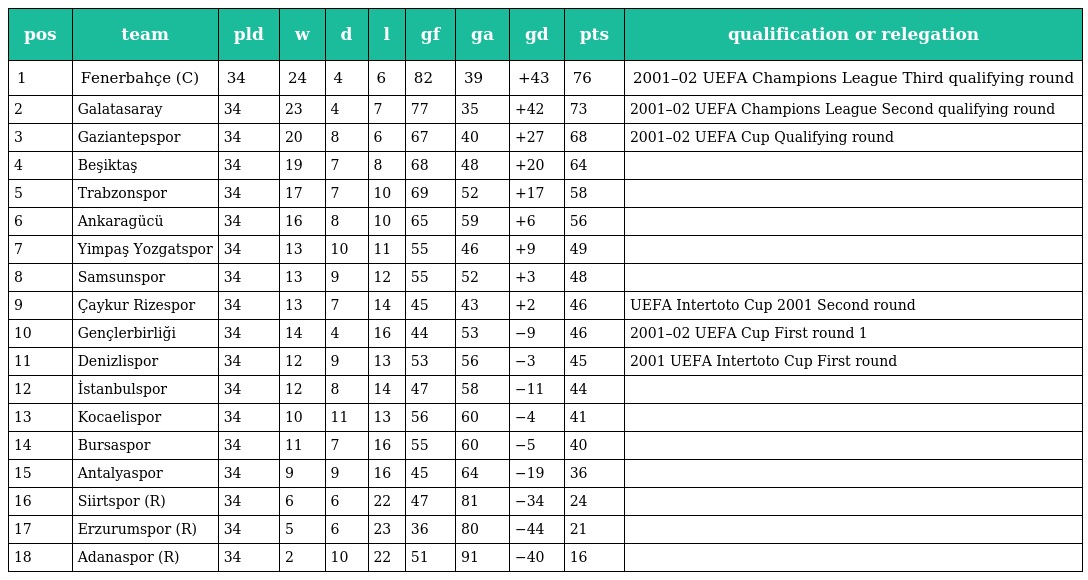
| pos | team | pld | w | d | l | gf | ga | gd | pts | qualification or relegation |
 | --- | --- | --- | --- | --- | --- | --- | --- | --- | --- | --- |
 | 1 | Fenerbahçe (C) | 34 | 24 | 4 | 6 | 82 | 39 | +43 | 76 | 2001–02 UEFA Champions League Third qualifying round |
 | 2 | Galatasaray | 34 | 23 | 4 | 7 | 77 | 35 | +42 | 73 | 2001–02 UEFA Champions League Second qualifying round |
 | 3 | Gaziantepspor | 34 | 20 | 8 | 6 | 67 | 40 | +27 | 68 | 2001–02 UEFA Cup Qualifying round |
 | 4 | Beşiktaş | 34 | 19 | 7 | 8 | 68 | 48 | +20 | 64 |  |
 | 5 | Trabzonspor | 34 | 17 | 7 | 10 | 69 | 52 | +17 | 58 |  |
 | 6 | Ankaragücü | 34 | 16 | 8 | 10 | 65 | 59 | +6 | 56 |  |
 | 7 | Yimpaş Yozgatspor | 34 | 13 | 10 | 11 | 55 | 46 | +9 | 49 |  |
 | 8 | Samsunspor | 34 | 13 | 9 | 12 | 55 | 52 | +3 | 48 |  |
 | 9 | Çaykur Rizespor | 34 | 13 | 7 | 14 | 45 | 43 | +2 | 46 | UEFA Intertoto Cup 2001 Second round |
 | 10 | Gençlerbirliği | 34 | 14 | 4 | 16 | 44 | 53 | −9 | 46 | 2001–02 UEFA Cup First round 1 |
 | 11 | Denizlispor | 34 | 12 | 9 | 13 | 53 | 56 | −3 | 45 | 2001 UEFA Intertoto Cup First round |
 | 12 | İstanbulspor | 34 | 12 | 8 | 14 | 47 | 58 | −11 | 44 |  |
 | 13 | Kocaelispor | 34 | 10 | 11 | 13 | 56 | 60 | −4 | 41 |  |
 | 14 | Bursaspor | 34 | 11 | 7 | 16 | 55 | 60 | −5 | 40 |  |
 | 15 | Antalyaspor | 34 | 9 | 9 | 16 | 45 | 64 | −19 | 36 |  |
 | 16 | Siirtspor (R) | 34 | 6 | 6 | 22 | 47 | 81 | −34 | 24 |  |
 | 17 | Erzurumspor (R) | 34 | 5 | 6 | 23 | 36 | 80 | −44 | 21 |  |
 | 18 | Adanaspor (R) | 34 | 2 | 10 | 22 | 51 | 91 | −40 | 16 |  |